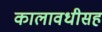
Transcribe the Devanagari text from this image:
कालावधीसह